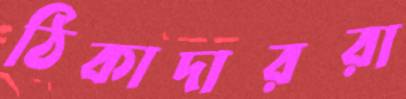
ঠিকাদাররা